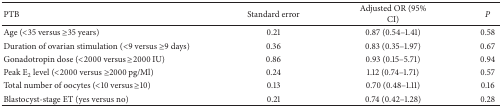
| PTB | Standard error | Adjusted OR (95% CI) | P |
 | --- | --- | --- | --- |
 | Age (<35 versus ≥35 years) | 0.21 | 0.87 (0.54–1.41) | 0.58 |
 | Duration of ovarian stimulation (<9 versus ≥9 days) | 0.36 | 0.83 (0.35–1.97) | 0.67 |
 | Gonadotropin dose (<2000 versus ≥2000 IU) | 0.86 | 0.93 (0.15–5.71) | 0.94 |
 | Peak E2 level (<2000 versus ≥2000 pg/Ml) | 0.24 | 1.12 (0.74–1.71) | 0.57 |
 | Total number of oocytes (<10 versus ≥10) | 0.13 | 0.70 (0.48–1.11) | 0.16 |
 | Blastocyst-stage ET (yes versus no) | 0.21 | 0.74 (0.42–1.28) | 0.28 |